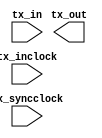
module oserdes (
	tx_in,
	tx_inclock,
	tx_syncclock,
	tx_out);

	input	[9:0]  tx_in;
	input	  tx_inclock;
	input	  tx_syncclock;
	output	[0:0]  tx_out;

endmodule